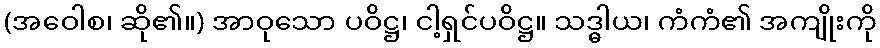
(အဝေါစ၊ ဆို၏။) အာဝုသော ပဝိဋ္ဌ၊ ငါ့ရှင်ပဝိဋ္ဌ။ သဒ္ဓါယ၊ ကံကံ၏ အကျိုးကို